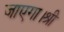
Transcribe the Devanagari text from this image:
जाएगा।श्री